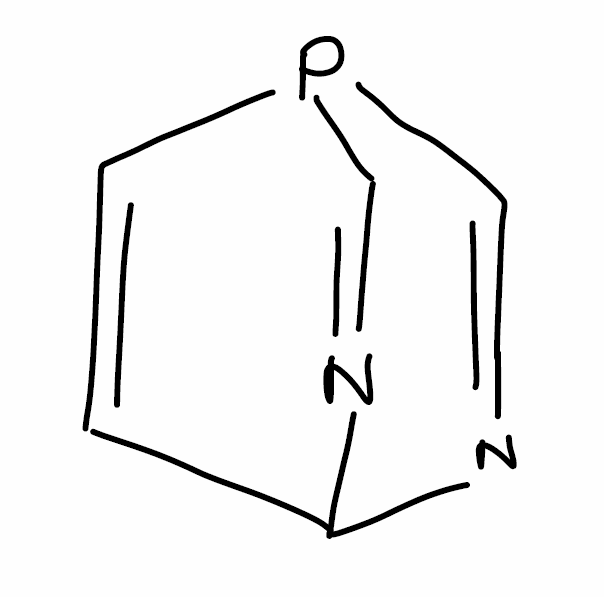
Simplified molecular-input line-entry system (SMILES) notation of the given molecule:
C1=CP2C=NC1N=C2